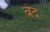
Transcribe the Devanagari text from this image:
ब्रेद